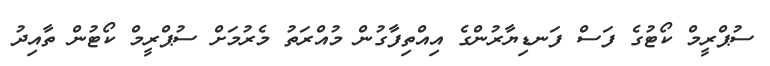
ސުޕްރީމް ކޯޓުގެ ފަސް ފަނޑިޔާރުންގެ އިއްތިފާގުން މުއްރަތު މެރުމަށް ސުޕްރީމް ކޯޓުން ތާއިދު